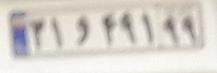
۲۱و۴۹۱۹۹